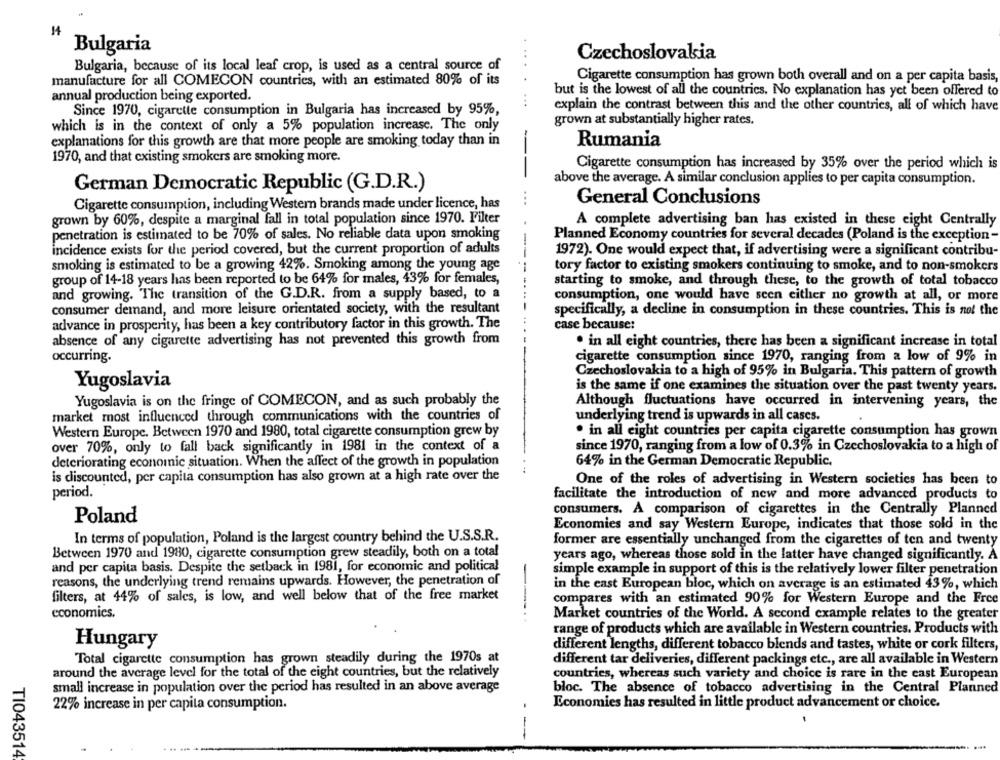
14
Bulgaria
Czechoslovakia
Bulgaria, because of its local leaf crop, is used as a central source of
Cigarette consumption has grown both overall and on a per capita basis,
manufacture for all COMECON countries, with an estimated 80% of its
....
annual production being exported.
but is the lowest of all the countries. No explanation has yet been offered to
...
explain the contrast between this and the other countries, all of which have
Since 1970, cigarette consumption in Bulgaria has increased by 95%,
grown at substantially higher rates.
which is in the context of only a 5% population increase. The only
explanations for this growth are that more people are smoking today than in
Rumania
1970, and that existing smokers are smoking more.
---
Cigarette consumption has increased by 35% over the period which is
above the average. A similar conclusion applies to per capita consumption.
German Democratic Republic (G.D.R.)
Cigarette consumption, including Western brands made under licence, has
...
General Conclusions
grown by 60%, despite a marginal fall in total population since 1970. Filter
A complete advertising ban has existed in these eight Centrally
penetration is estimated to be 70% of sales. No reliable data upon smoking
Planned Economy countries for several decades (Poland is the exception-
incidence exists for the period covered, but the current proportion of adults
1972). One would expect that, if advertising were a significant contribu-
smoking is estimated to be a growing 42%. Smoking among the young age
tory factor to existing smokers continuing to smoke, and to non-smokers
group of 14-18 years has been reported to be 64% for males, 43% for females,
starting to smoke, and through these, to the growth of total tobacco
and growing. The transition of the G.D.R. from a supply based, to a
consumption, one would have seen either no growth at all, or more
consumer demand, and more leisure orientated society, with the resultant
specifically, a decline in consumption in these countries. This is not the
advance in prosperity, has been a key contributory factor in this growth. The
case because:
absence of any cigarette advertising has not prevented this growth from
. in all eight countries, there has been a significant increase in total
occurring.
cigarette consumption since 1970, ranging from a low of 9% in
Czechoslovakia to a high of 95% in Bulgaria. This pattern of growth
Yugoslavia
is the same if one examines the situation over the past twenty years.
Yugoslavia is on the fringe of COMECON, and as such probably the
Although fluctuations have occurred in intervening years, the
market most influenced through communications with the countries of
underlying trend is upwards in all cases.
Western Europe. Between 1970 and 1980, total cigarette consumption grew by
. in all eight countries per capita cigarette consumption has grown
over 70%, only to fall back significantly in 1981 in the context of a
since 1970, ranging from a low of 0.3% in Czechoslovakia to a high of
deteriorating economic situation. When the affect of the growth in population
64% in the German Democratic Republic,
.-
is discounted, per capita consumption has also grown at a high rate over the
One of the roles of advertising in Western societies has been to
period.
facilitate the introduction of new and more advanced products to
consumers. A comparison of cigarettes in the Centrally Planned
Poland
Economies and say Western Europe, indicates that those sold in the
In terms of population, Poland is the largest country behind the U.S.S.R.
former are essentially unchanged from the cigarettes of ten and twenty
Between 1970 and 1980, cigarette consumption grew steadily, both on a total
years ago, whereas those sold in the latter have changed significantly. À
and per capita basis. Despite the setback in 1981, for economic and political
simple example in support of this is the relatively lower filter penetration
reasons, the underlying trend remains upwards. However, the penetration of
in the east European bloc, which on average is an estimated 43%, which
filters, at 44% of sales, is low, and well below that of the free market
compares with an estimated 90% for Western Europe and the Free
economics.
Market countries of the World. A second example relates to the greater
range of products which are available in Western countries. Products with
Hungary
different lengths, different tobacco blends and tastes, white or cork filters
Total cigarette consumption has grown steadily during the 1970s at
different tar deliveries, different packings etc ., are all available in Western
around the average level for the total of the eight countries, but the relatively
countries, whereas such variety and choice is rare in the east European
small increase in population over the period has resulted in an above average
bloc. The absence of tobacco advertising in the Central Planned
22% increase in per capita consumption.
Economies has resulted in little product advancement or choice.
- --
TI043514